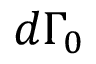
d \Gamma _ { 0 }